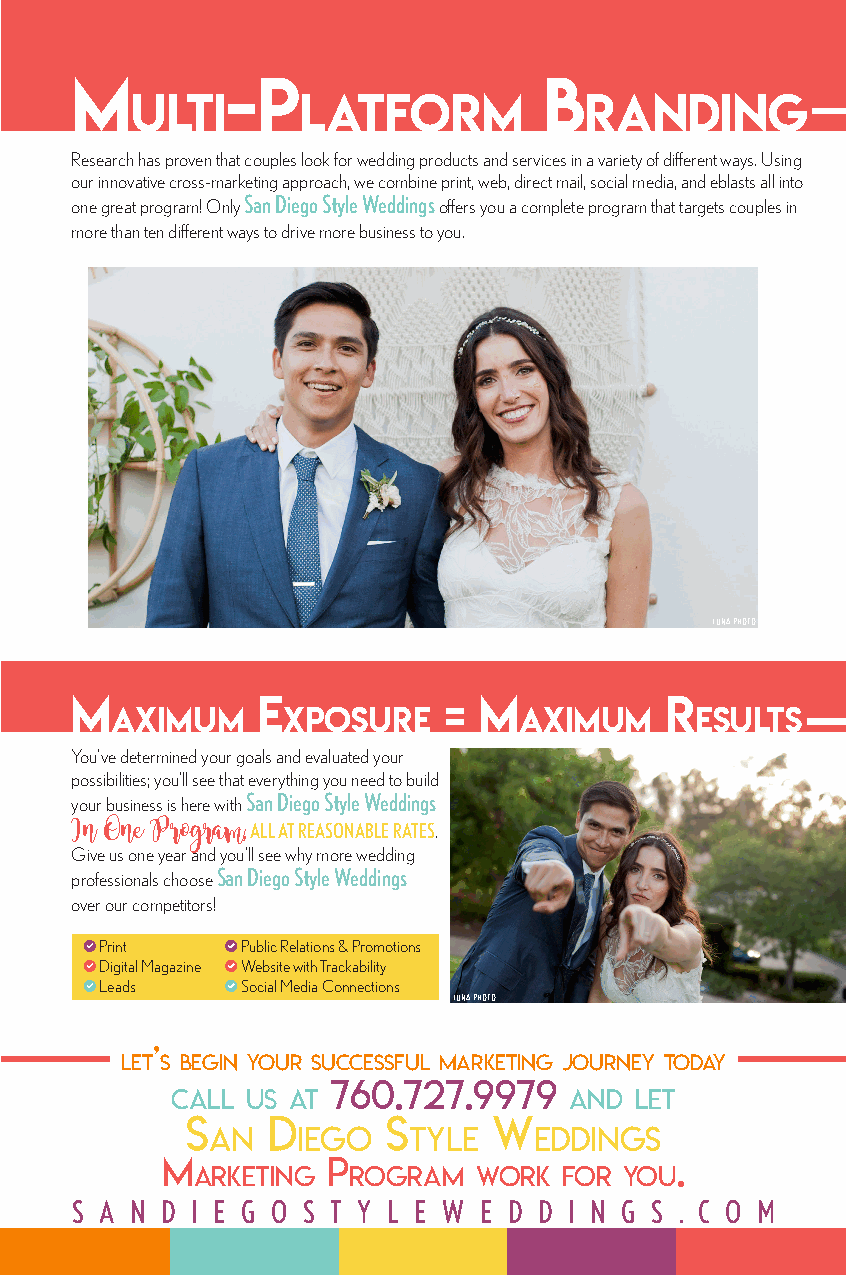
M         -P                   B
 ulti       latforM            randing
 Research has proven that couples look for wedding products and services in a variety of different ways. Using
 our innovative cross-marketing approach, we combine print, web, direct mail, social media, and eblasts all into
 one great program! Only San Diego Style Weddings offers you a complete program that targets couples in
 more than ten different ways to drive more business to you.
 LUNA PHOTO
 M           E           =  M           r
 axiMuM      xPosurE        axiMuM      Esults
 You’ve determined your goals and evaluated your
 possibilities; you’ll see that everything you need to build
 your business is here with San Diego Style Weddings
 , ALL AT REASONABLE RATES.
 In One Program
 Give us one year and you’ll see why more wedding
 professionals choose San Diego Style Weddings
 over our competitors!
 Print    Public Relations & Promotions
 Digital Magazine Website with Trackability
 Leads    Social Media Connections
 LUNA PHOTO
 ’
 let s begin your successful marketing journey today
 760.727.9979
 call us at                 and let
 s     d       s      W
 an    iego   tyle    eddings
 m          P                      .
 arketing  rogram  Work  for you
 S A N D I E G O S T Y L E W E D D I N G S . C O M